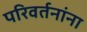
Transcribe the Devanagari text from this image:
परिवर्तनांना